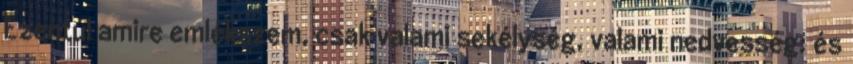
Ezentúl amire emlékszem, csak valami sekélység, valami nedvesség: és